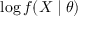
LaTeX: \log f ( X \mid \theta )